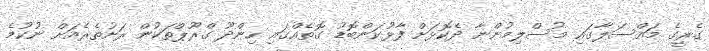
ގެރީގެ މައްސަލާގައި މުސްލިމުންނާ ދެކޮޅަށް ފާޅުކަންބޮޑު ގޮތެއްގައި ހިންދޫ ގްރޫޕްތަކުން ރަށުތެރެއަށް ނުކުމެ